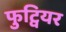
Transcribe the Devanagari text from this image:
फुट्वियर